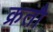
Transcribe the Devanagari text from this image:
क्रतौ